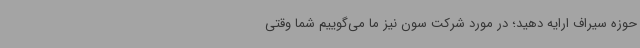
حوزه سیراف ارایه دهید؛ در مورد شرکت سون نیز ما می‌گوییم شما وقتی